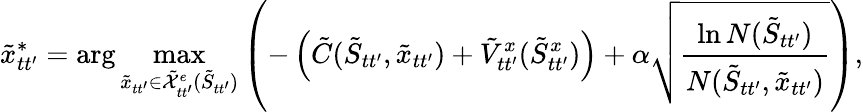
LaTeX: \tilde{x}_{tt^{\prime}}^{*}=\arg\operatorname*{max}_{\tilde{x}_{tt^{\prime}}\in\tilde{\mathcal{X}}_{tt^{\prime}}^{e}(\tilde{S}_{tt^{\prime}})}\left(-\left(\tilde{C}(\tilde{S}_{tt^{\prime}},\tilde{x}_{tt^{\prime}})+\tilde{V}_{tt^{\prime}}^{x}(\tilde{S}_{tt^{\prime}}^{x})\right)+\alpha\sqrt{\frac{\ln N(\tilde{S}_{tt^{\prime}})}{N(\tilde{S}_{tt^{\prime}},\tilde{x}_{tt^{\prime}})}}\right),